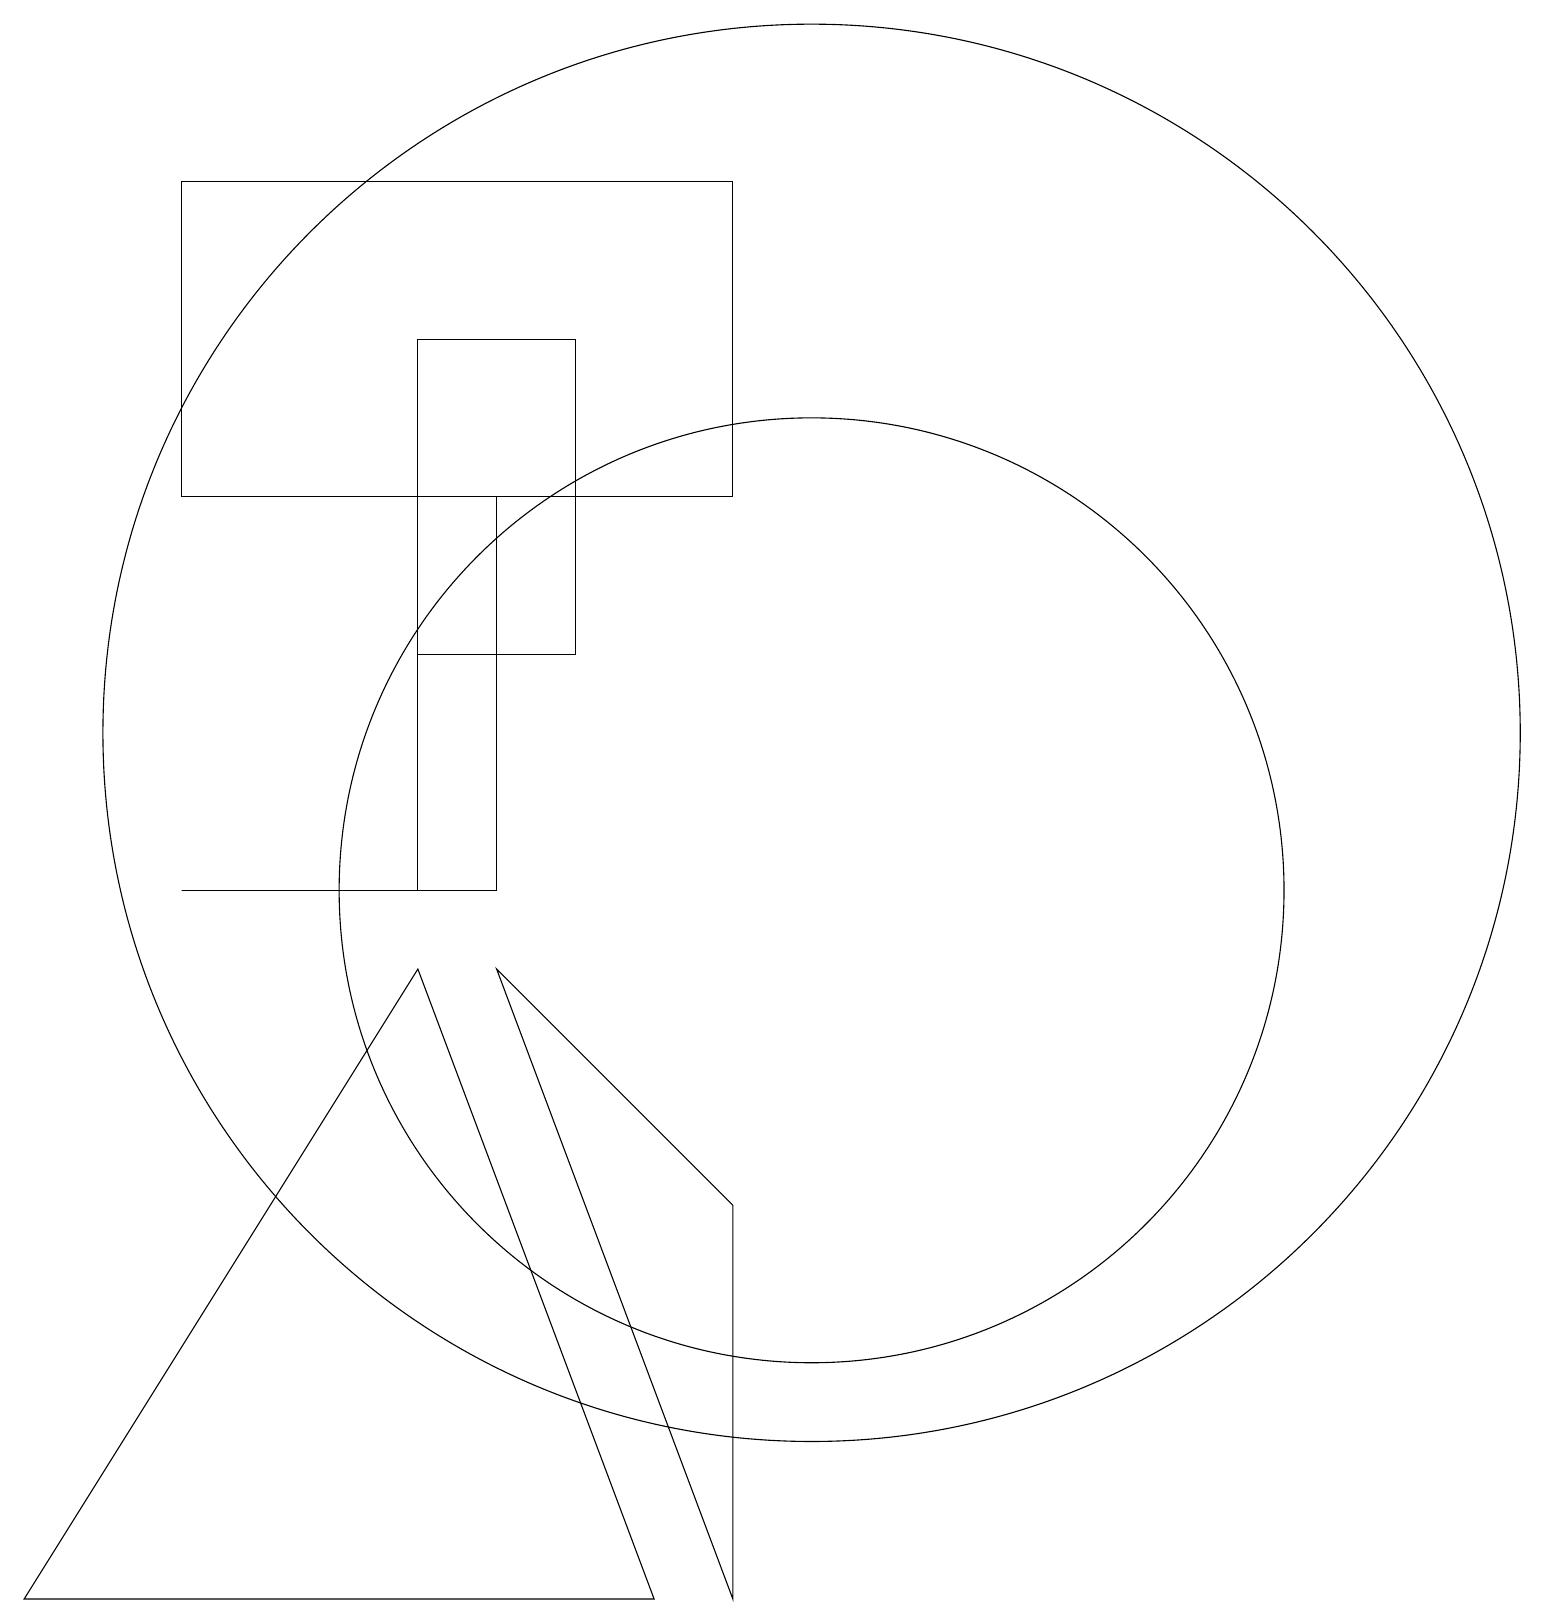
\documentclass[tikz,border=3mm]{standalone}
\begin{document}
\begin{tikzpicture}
\draw (6,9) -- (9,6) -- (9,1) -- cycle;
\draw (9,19) rectangle (2,15);
\draw (10,12) circle (9);
\draw (2,10) rectangle (5,10);
\draw (10,10) circle (6);
\draw (8,1) -- (5,9) -- (0,1) -- cycle;
\draw (7,17) rectangle (5,13);
\draw (5,10) rectangle (6,15);
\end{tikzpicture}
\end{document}